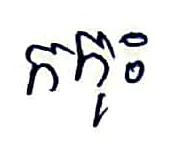
កកុះ